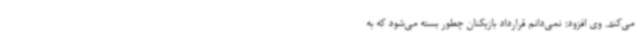
می‌کند. وی افزود: نمی‌دانم قرارداد بازیکنان چطور بسته می‌شود که به